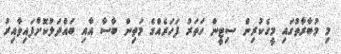
މި މުބާރާތުގައި މީގެކުރިން ސިޓީން ހަތަރު ފަހަރެއްގެ މަތިން ބާސާ އާއި ބައްދަލުކޮށްފައިވާއިރު